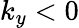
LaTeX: k_{y}<0